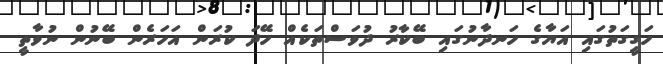
ހަގީގަތުގައި އަޔާގެ ހަނދާނުގައި ބޭކާރު ދުވަސްތަކެއް ހޭދަ ކުރަން އަހަރެން ބޭނުން ނުވާތީ